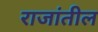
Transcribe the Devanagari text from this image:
राजांतील